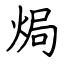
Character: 焗